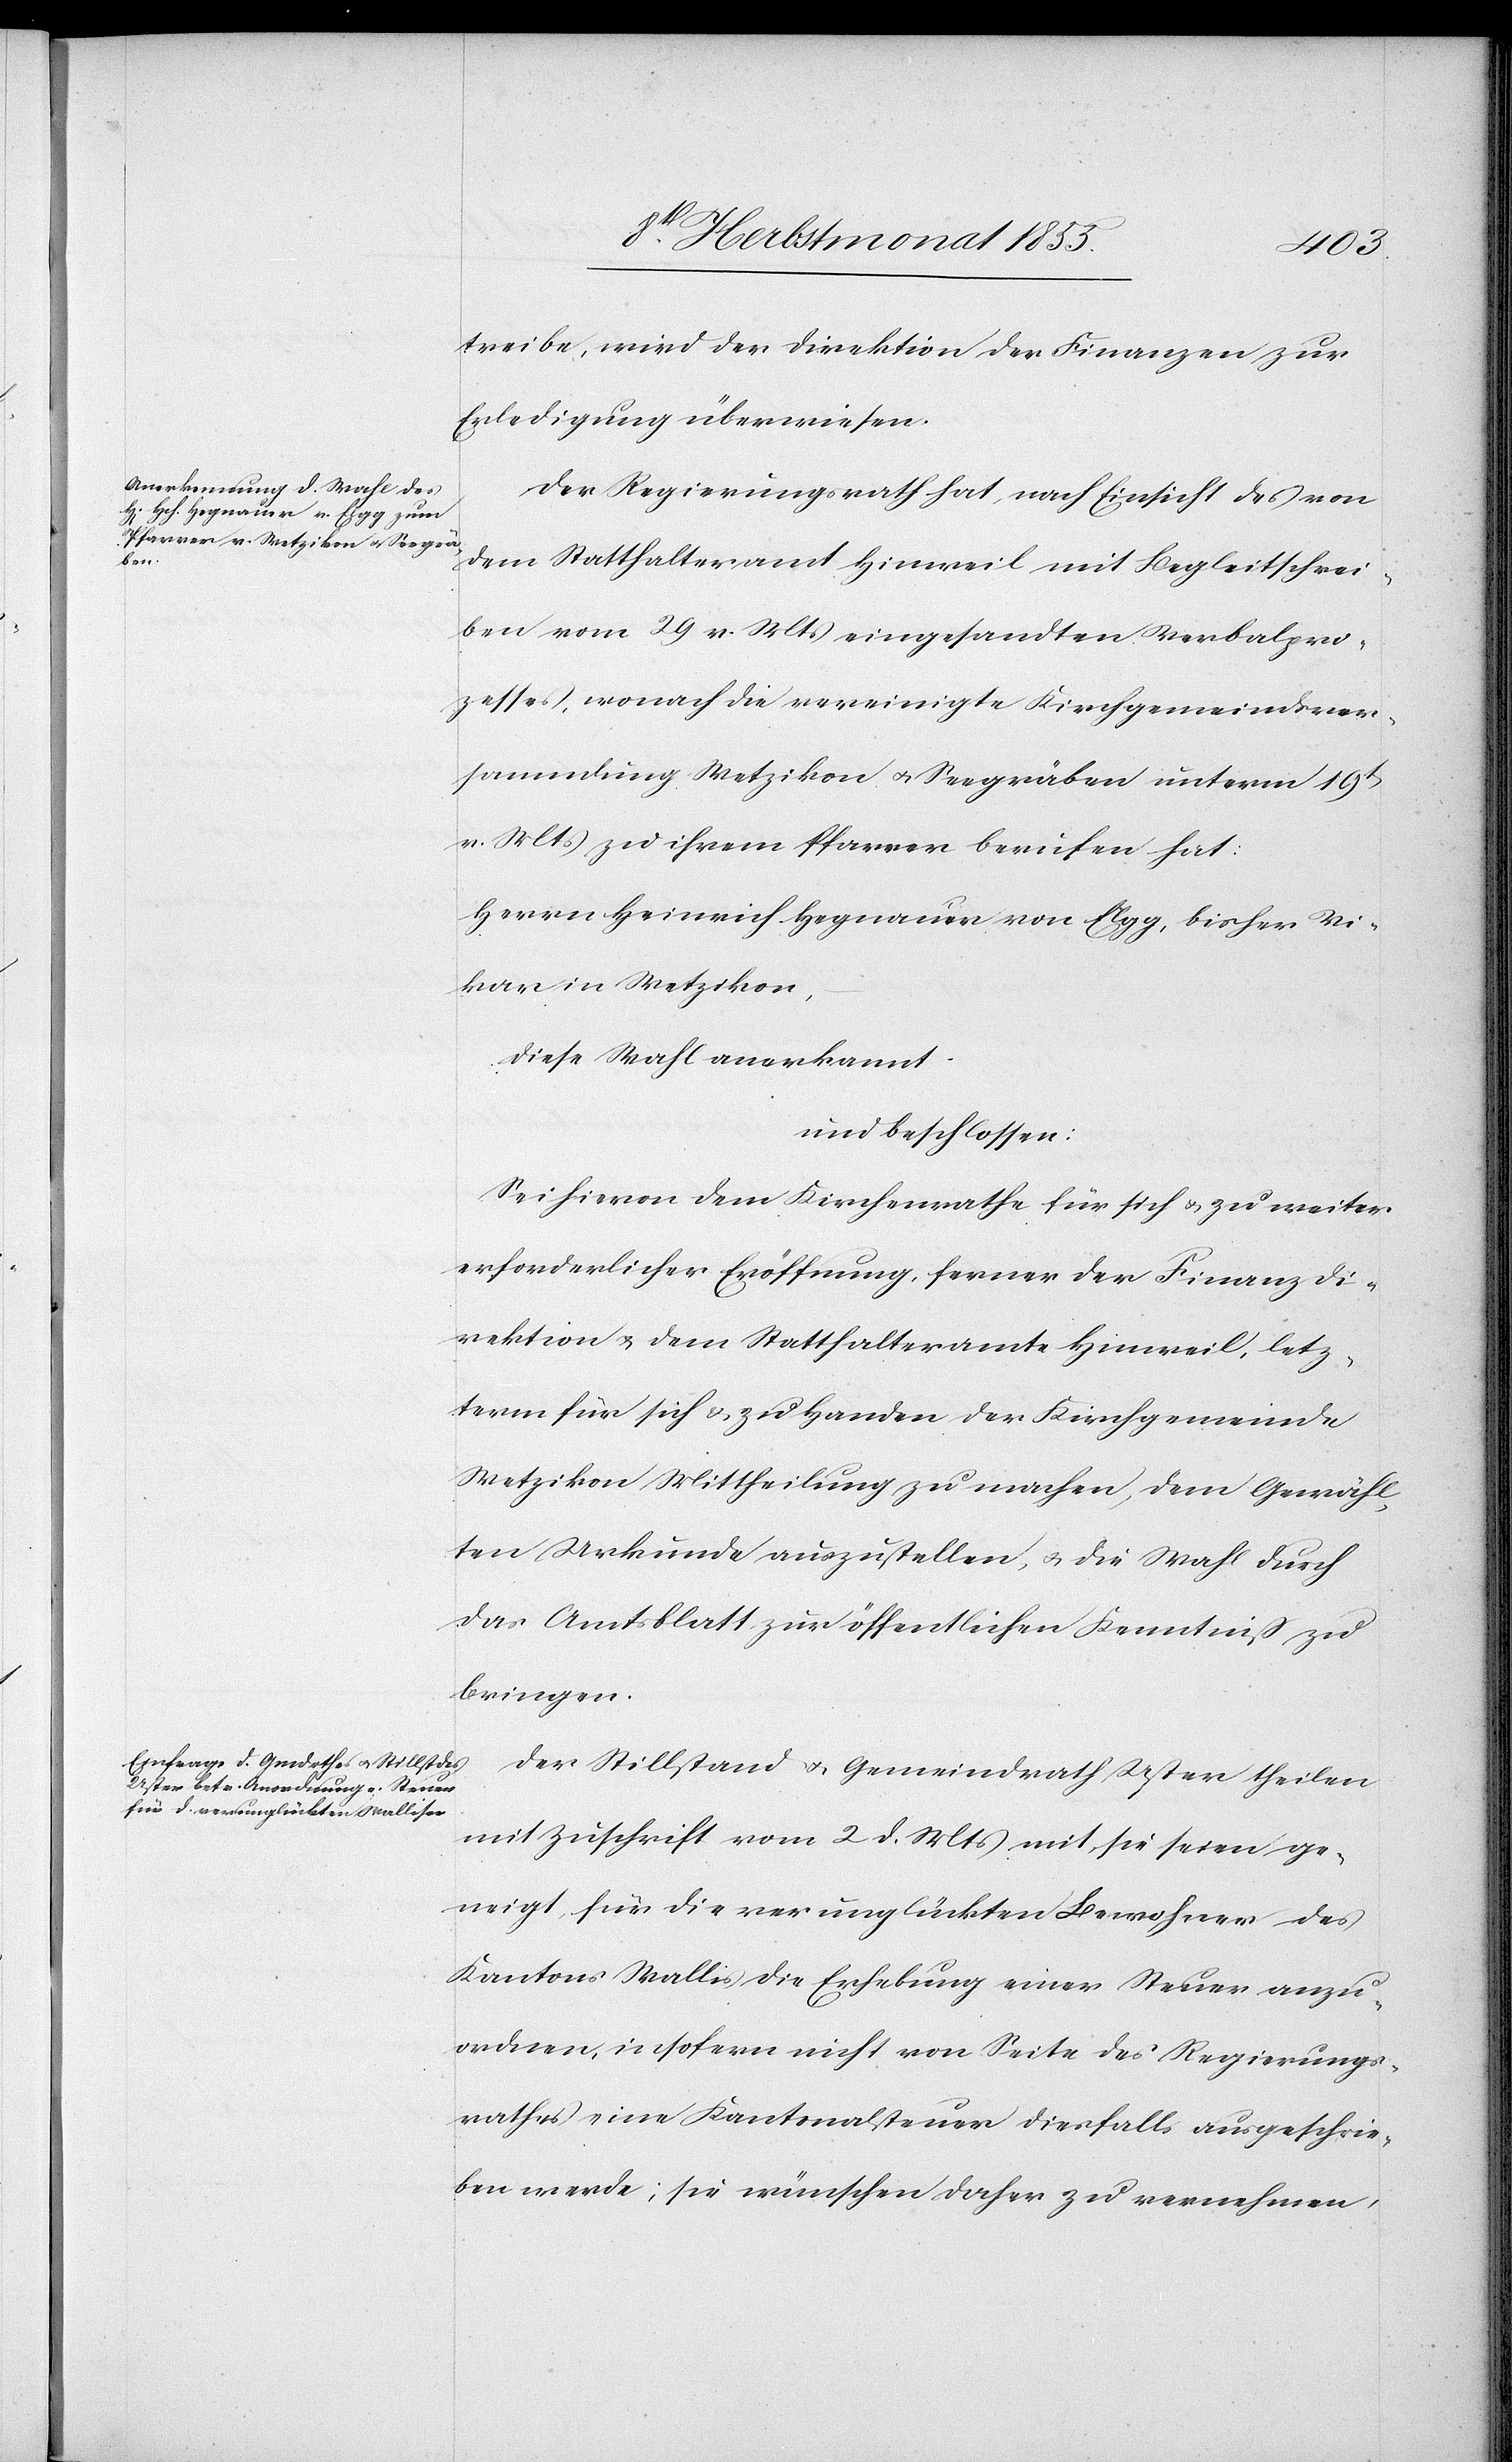
treibe, wird der Direktion der Finanzen zur
Erledigung überwiesen.
Der Regierungsrath hat, nach Einsicht des von
dem Statthalteramt Hinweil mit Begleitschrei¬
ben vom 29 v. Mts eingesandten Verbalpro¬
zesses, wonach die vereinigte Kirchgemeindsver¬
sammlung Wetzikon & Seegräben unterm 19t
v. Mts zu ihrem Pfarrer berufen hat:
Herrn Heinrich Hegnauer von Elgg, bisher Vi¬
kar in Wetzikon,
diese Wahl anerkannt
und beschlossen:
Sei hievon dem Kirchenrathe für sich & zu weiter
erforderlicher Eröffnung, ferner der Finanzdi¬
rektion & dem Statthalteramte Hinweil, letz¬
term für sich & zu Handen der Kirchgemeinde
Wetzikon Mittheilung zu machen, dem Gewähl¬
ten Urkunde auszustellen, & die Wahl durch
das Amtsblatt zur öffentlichen Kenntniß zu
bringen.
Der Stillstand & Gemeindrath Uster theilen
mit Zuschrift vom 2 d. Mts mit, sie seien ge¬
neigt für die verunglückten Bewohner des
Kantons Wallis die Erhebung einer Steuer anzu¬
ordnen, insofern nicht von Seite des Regierungs¬
rathes eine Kantonalsteuer diesfalls ausgeschrie¬
ben werde; sie wünschen daher zu vernehmen,